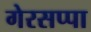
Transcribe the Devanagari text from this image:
गेरसप्पा